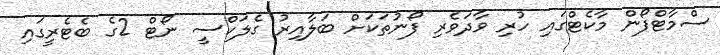
ސްމާޓްފޯން މާކެޓްގައި ހުރި ވާދަވެރި ފޯނުތަކަށް ބަލާއިރު ގެލަކްސީ ނޯޓް 2ގެ ބެޓެރީގައި